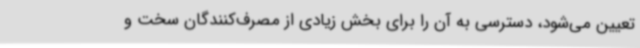
تعیین می‌شود، دسترسی به آن را برای بخش زیادی از مصرف‌کنندگان سخت و